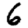
Digit: 6